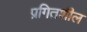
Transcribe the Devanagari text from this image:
प्रगितशील